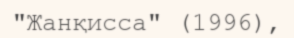
"Жанқисса" (1996),